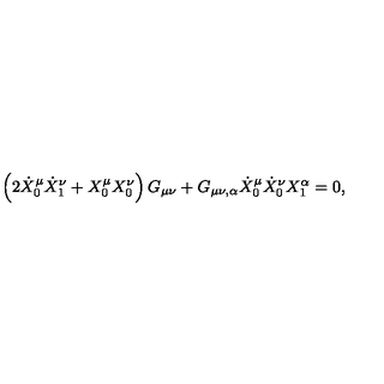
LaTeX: \left( 2 \dot { X } _ { 0 } ^ { \mu } \dot { X } _ { 1 } ^ { \nu } + X _ { 0 } ^ { \mu } X _ { 0 } ^ { \nu } \right) G _ { \mu \nu } + G _ { \mu \nu , \alpha } \dot { X } _ { 0 } ^ { \mu } \dot { X } _ { 0 } ^ { \nu } X _ { 1 } ^ { \alpha } = 0 ,